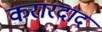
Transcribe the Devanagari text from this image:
करारदाद